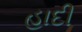
હાદી